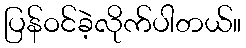
ပြန်ဝင်ခဲ့လိုက်ပါတယ်။